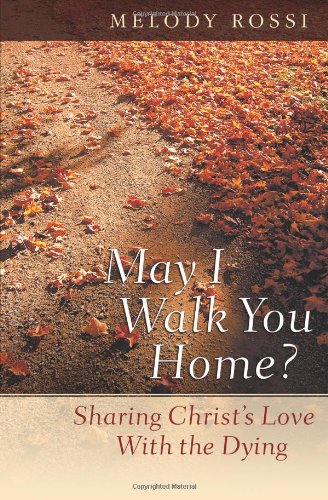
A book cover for May I Walk You Home?: Sharing Christ's Love With the Dying; Melody Rossi; Christian Books & Bibles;